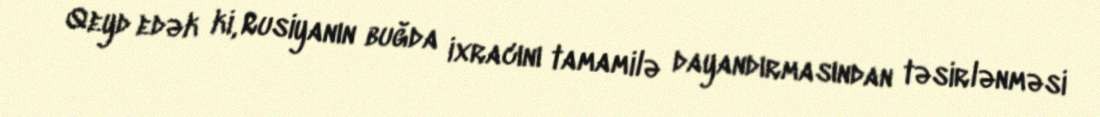
Qeyd edək ki, Rusiyanın buğda ixracını tamamilə dayandırmasından təsirlənməsi